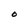
Character: O